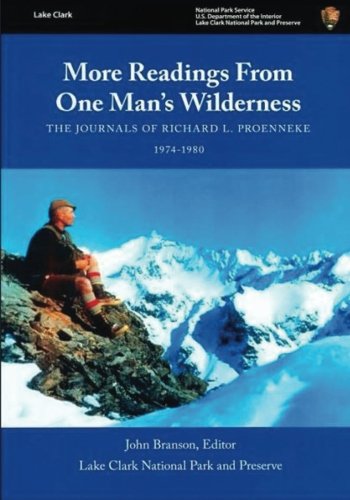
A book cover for More Readings From One Man's Wilderness: The Journals of Richard L. Proenneke, 1974-1980; U.S. Department of the Interior; History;